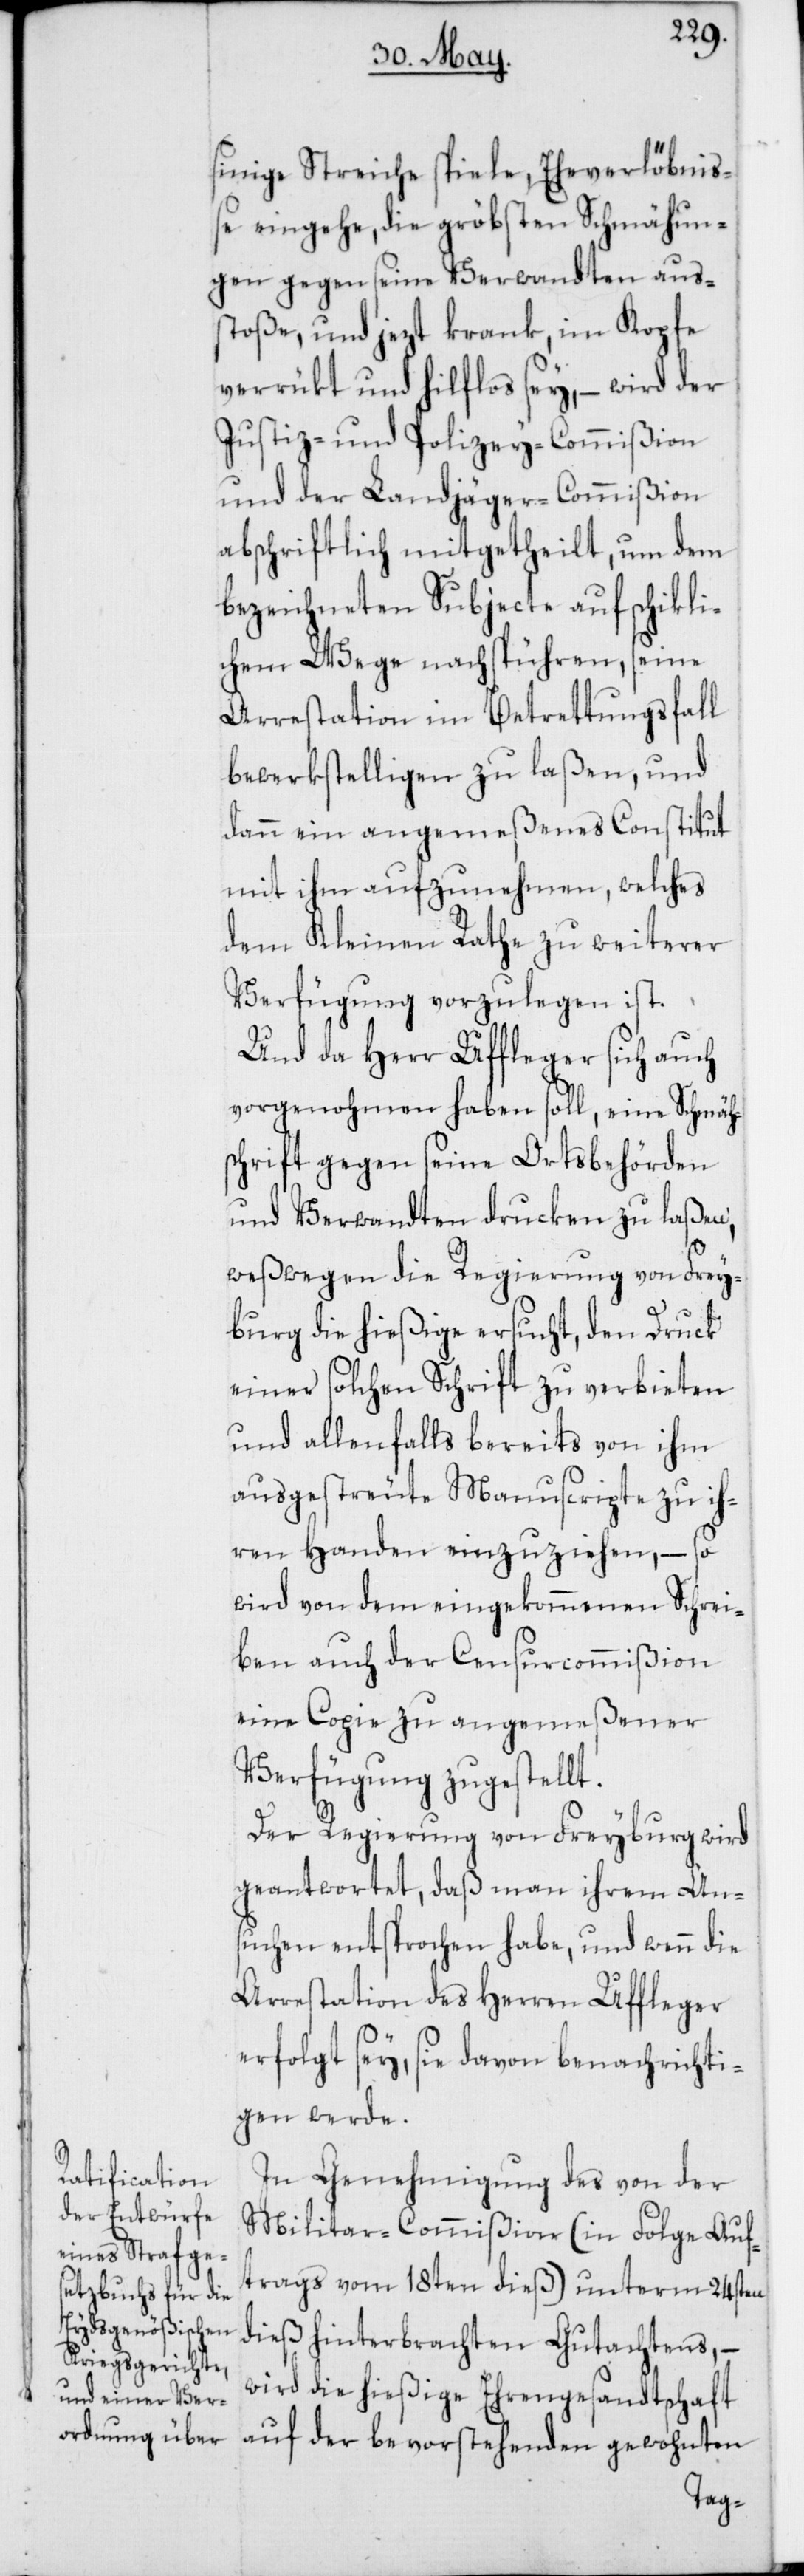
sinnige Streich spiele, Eheverlöbniß¬
e eingehe, die gröbsten Schmähun¬
gen gegen seine Verwandten auß¬
toße, und jezt krank, im Kopfe
verrükt und hilflos sey, – wird der
Justiz- und Polizey-Commißion
und der Landjäger-Commißion
abschriftlich mitgetheilt, um dem
bezeichneten Subjecte auf schikli¬
chem Wege nachspüren, seine
Arrestation im Betrettungsfall
bewerkstelligen zu laßen, und
dann ein angemeßenes Constitut
mit ihm aufzunehmen, welches
dem Kleinen Rathe zu weiterer
Verfügung vorzulegen ist.
Und da Herr Uffleger sich auch
vorgenohmen haben soll, eine Schmäh¬
schrift gegen seine Ortsbehörden
und Verwandten drucken zu laßen,
weßwegen die Regierung von Frey¬
burg die hießige ersucht, den Druck
einer solchen Schrift zu verbieten
und allenfalls bereits von ihm
ausgestreute Manuscripte zu ih¬
ren Handen einzuziehen, – so
wird von dem eingekommenen Schrei¬
ben auch der Censurcommißion
eine Copie zu angemeßener
Verfügung zugestellt.
Der Regierung von Freyburg wird
geantwortet, daß man ihrem An¬
suchen entsprochen habe, und wenn die
Arrestation des Herren Uffleger
erfolgt sey, sie davon benachrichti¬
gen werde.
In Genehmigung des von der
Militar-Commißion (in Folge Auf¬
trags vom 18ten dieß) unterm 24sten
dieß hinterbrachten Gutachtens, –
wird die hießige Ehrengesandtschaft
auf der bevorstehenden gewohnten